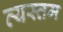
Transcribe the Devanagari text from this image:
व्यस्तम